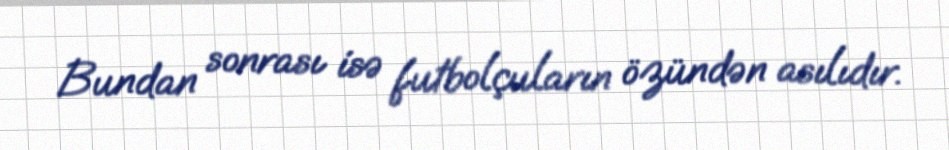
Bundan sonrası isə futbolçuların özündən asılıdır.